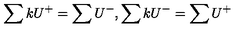
\sum k U ^ { + } = \sum U ^ { - } , \sum k U ^ { - } = \sum U ^ { + }